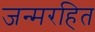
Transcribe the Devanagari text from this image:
जन्मरहित